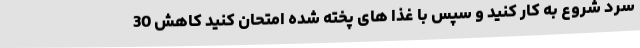
سرد شروع به کار کنید و سپس با غذا های پخته شده امتحان کنید کاهش 30